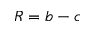
R = b - c